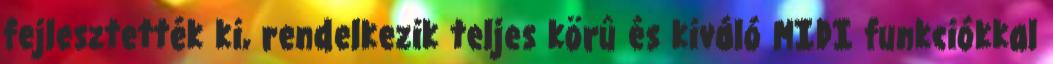
fejlesztették ki, rendelkezik teljes körû és kiváló MIDI funkciókkal